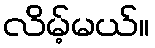
လိမ့်မယ်။